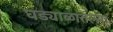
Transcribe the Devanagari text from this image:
घड्याळातल्या